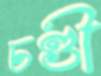
চণ্ডী